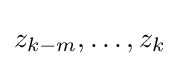
z_{k-m},\ldots ,z_{k}